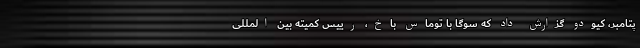
پتامبر، کیودو گزارش داد که سوگا با توماس باخ، رییس کمیته بین المللی